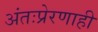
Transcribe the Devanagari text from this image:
अंतःप्रेरणाही